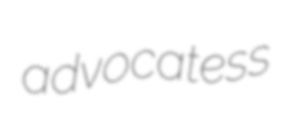
advocatess